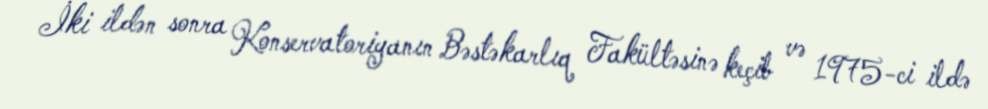
İki ildən sonra Konservatoriyanın Bəstəkarlıq Fakültəsinə keçib və 1975-ci ildə